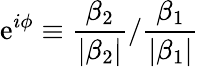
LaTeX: \mathrm{e}^{i\phi}\equiv\frac{{\beta_{2}}}{{|\beta_{2}|}}/\frac{{\beta_{1}}}{{|\beta_{1}|}}